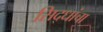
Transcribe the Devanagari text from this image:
सिद्धांचा